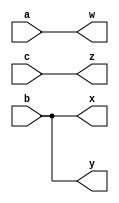
module top_module (
    input  wire a,
    input  wire b,
    input  wire c,
    output wire w,
    output wire x,
    output wire y,
    output wire z
);
    assign w = a;
    assign x = b;
    assign y = b;
    assign z = c;
endmodule